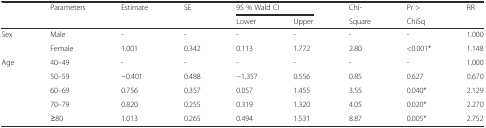
<table><thead><tr><td></td><td><b>Parameters</b></td><td><b>Estimate</b></td><td><b>SE</b></td><td colspan="2"><b>95 % Wald CI</b></td><td><b>Chi-</b></td><td><b>Pr &gt;</b></td><td><b>RR</b></td></tr><tr><td></td><td></td><td></td><td></td><td><b>Lower</b></td><td><b>Upper</b></td><td><b>Square</b></td><td><b>ChiSq</b></td><td></td></tr></thead><tbody><tr><td>Sex</td><td>Male</td><td>-</td><td>-</td><td>-</td><td>-</td><td>-</td><td>-</td><td>1.000</td></tr><tr><td></td><td>Female</td><td>1.001</td><td>0.342</td><td>0.113</td><td>1.772</td><td>2.80</td><td>&lt;0.001*</td><td>1.148</td></tr><tr><td>Age</td><td>40–49</td><td>-</td><td>-</td><td>-</td><td>-</td><td>-</td><td>-</td><td>1.000</td></tr><tr><td></td><td>50–59</td><td>−0.401</td><td>0.488</td><td>−1.357</td><td>0.556</td><td>0.85</td><td>0.627</td><td>0.670</td></tr><tr><td></td><td>60–69</td><td>0.756</td><td>0.357</td><td>0.057</td><td>1.455</td><td>3.55</td><td>0.040*</td><td>2.129</td></tr><tr><td></td><td>70–79</td><td>0.820</td><td>0.255</td><td>0.319</td><td>1.320</td><td>4.05</td><td>0.020*</td><td>2.270</td></tr><tr><td></td><td>≥80</td><td>1.013</td><td>0.265</td><td>0.494</td><td>1.531</td><td>8.87</td><td>0.005*</td><td>2.752</td></tr></tbody></table>